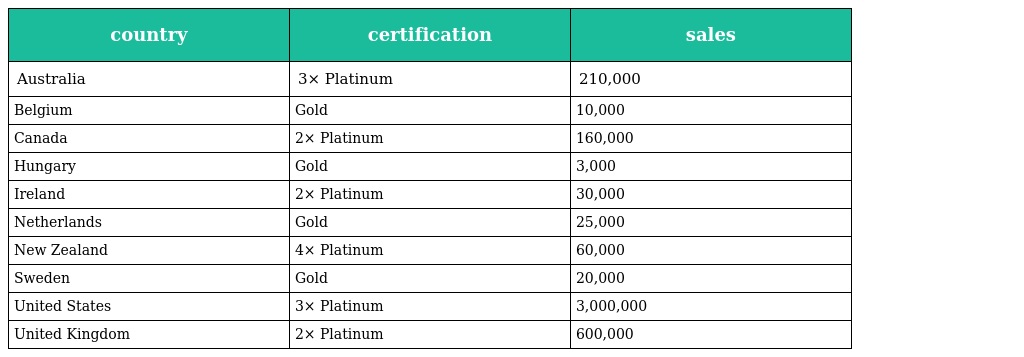
| country | certification | sales |
 | --- | --- | --- |
 | Australia | 3× Platinum | 210,000 |
 | Belgium | Gold | 10,000 |
 | Canada | 2× Platinum | 160,000 |
 | Hungary | Gold | 3,000 |
 | Ireland | 2× Platinum | 30,000 |
 | Netherlands | Gold | 25,000 |
 | New Zealand | 4× Platinum | 60,000 |
 | Sweden | Gold | 20,000 |
 | United States | 3× Platinum | 3,000,000 |
 | United Kingdom | 2× Platinum | 600,000 |